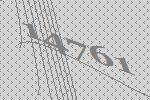
14761